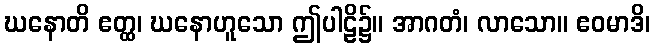
ဃနောတိ ဧတ္ထ၊ ဃနောဟူသော ဤပါဠိ၌။ အာဂတံ၊ လာသော။ ဧဝမာဒိ၊